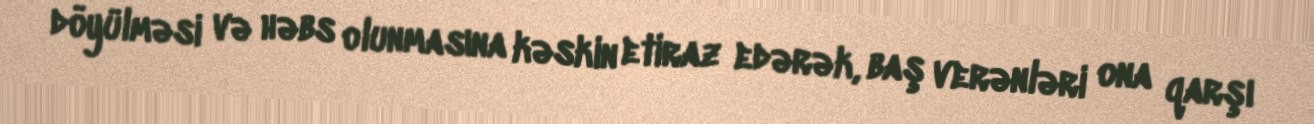
döyülməsi və həbs olunmasına kəskin etiraz edərək, baş verənləri ona qarşı